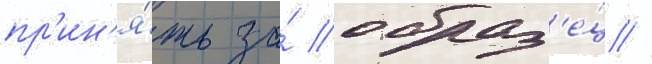
пр'ин'я́ть за́ образ'е́ц //